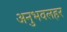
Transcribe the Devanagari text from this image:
अनुभवलहर